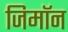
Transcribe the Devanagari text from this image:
जिमाॅन